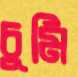
চুমি